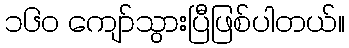
၁၆၀ ကျော်သွားပြီဖြစ်ပါတယ်။